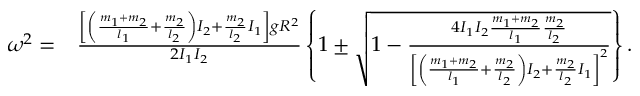
\begin{array} { r l } { \omega ^ { 2 } = } & { { } \frac { \left[ \left( \frac { m _ { 1 } + m _ { 2 } } { l _ { 1 } } + \frac { m _ { 2 } } { l _ { 2 } } \right) I _ { 2 } + \frac { m _ { 2 } } { l _ { 2 } } I _ { 1 } \right] g R ^ { 2 } } { 2 I _ { 1 } I _ { 2 } } \left\{ 1 \pm \sqrt { 1 - \frac { 4 I _ { 1 } I _ { 2 } \frac { m _ { 1 } + m _ { 2 } } { l _ { 1 } } \frac { m _ { 2 } } { l _ { 2 } } } { \left[ \left( \frac { m _ { 1 } + m _ { 2 } } { l _ { 1 } } + \frac { m _ { 2 } } { l _ { 2 } } \right) I _ { 2 } + \frac { m _ { 2 } } { l _ { 2 } } I _ { 1 } \right] ^ { 2 } } } \right\} . } \end{array}